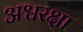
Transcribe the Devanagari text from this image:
अश्वरक्षा